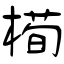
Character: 槆